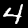
Label: 4